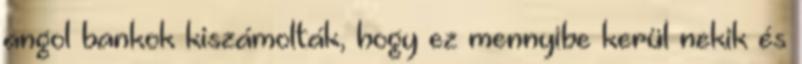
angol bankok kiszámolták, hogy ez mennyibe kerül nekik és